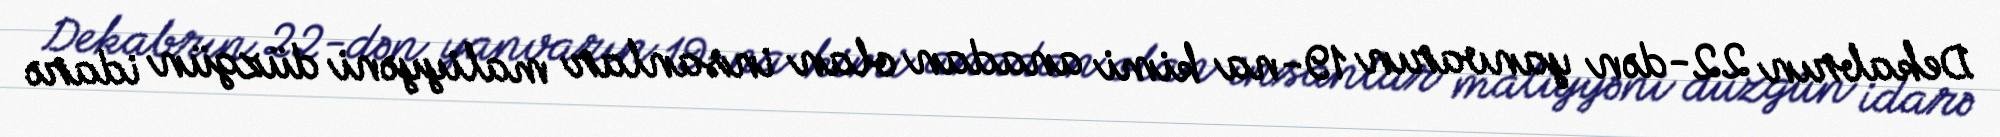
Dekabrın 22-dən yanvarın 19-na kimi anadan olan insanlar maliyyəni düzgün idarə